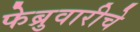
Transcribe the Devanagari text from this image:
फेब्रुवारीचे